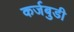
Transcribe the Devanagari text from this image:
कर्जबुडी